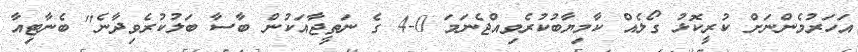
އަހަރުމެންނަށް ކުރީކޮޅު ގޯލެއް ކާމިޔާބުކުރެވިއްޖެނަމަ 0-4 ގެ ނަތީޖާއަކުން ބާސާ ބަލުކުރެވިދާނެ" ބެނާޓިއާ